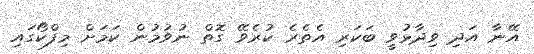
އޭނާ އަދި ވިދާޅުވީ ބަކަރި އެތެރެ ކުރެވޭ ގޮތް ނުވުމުން ކަމަށް މިފްކޯގައި